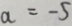
a = - 5